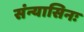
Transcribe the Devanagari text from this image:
संन्यासिनः